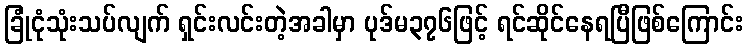
ခြုံငုံသုံးသပ်လျက် ရှင်းလင်းတဲ့အခါမှာ ပုဒ်မ၃၇၆ဖြင့် ရင်ဆိုင်နေရပြီဖြစ်ကြောင်း